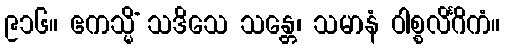
၉၁၆။ ဧကသ္မိံ သဒိသေ သန္တေ၊ သမာနံ ဝါစ္စလိင်္ဂိကံ။